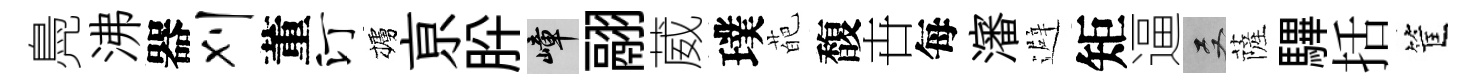
鳧沸器刈董汀櫨亰肸嶂翮葳璞葩馥卋每瀋避矩逼双薩驆括筐